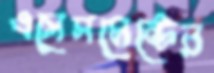
এসেসমেন্টের